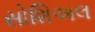
સોશિઅલ